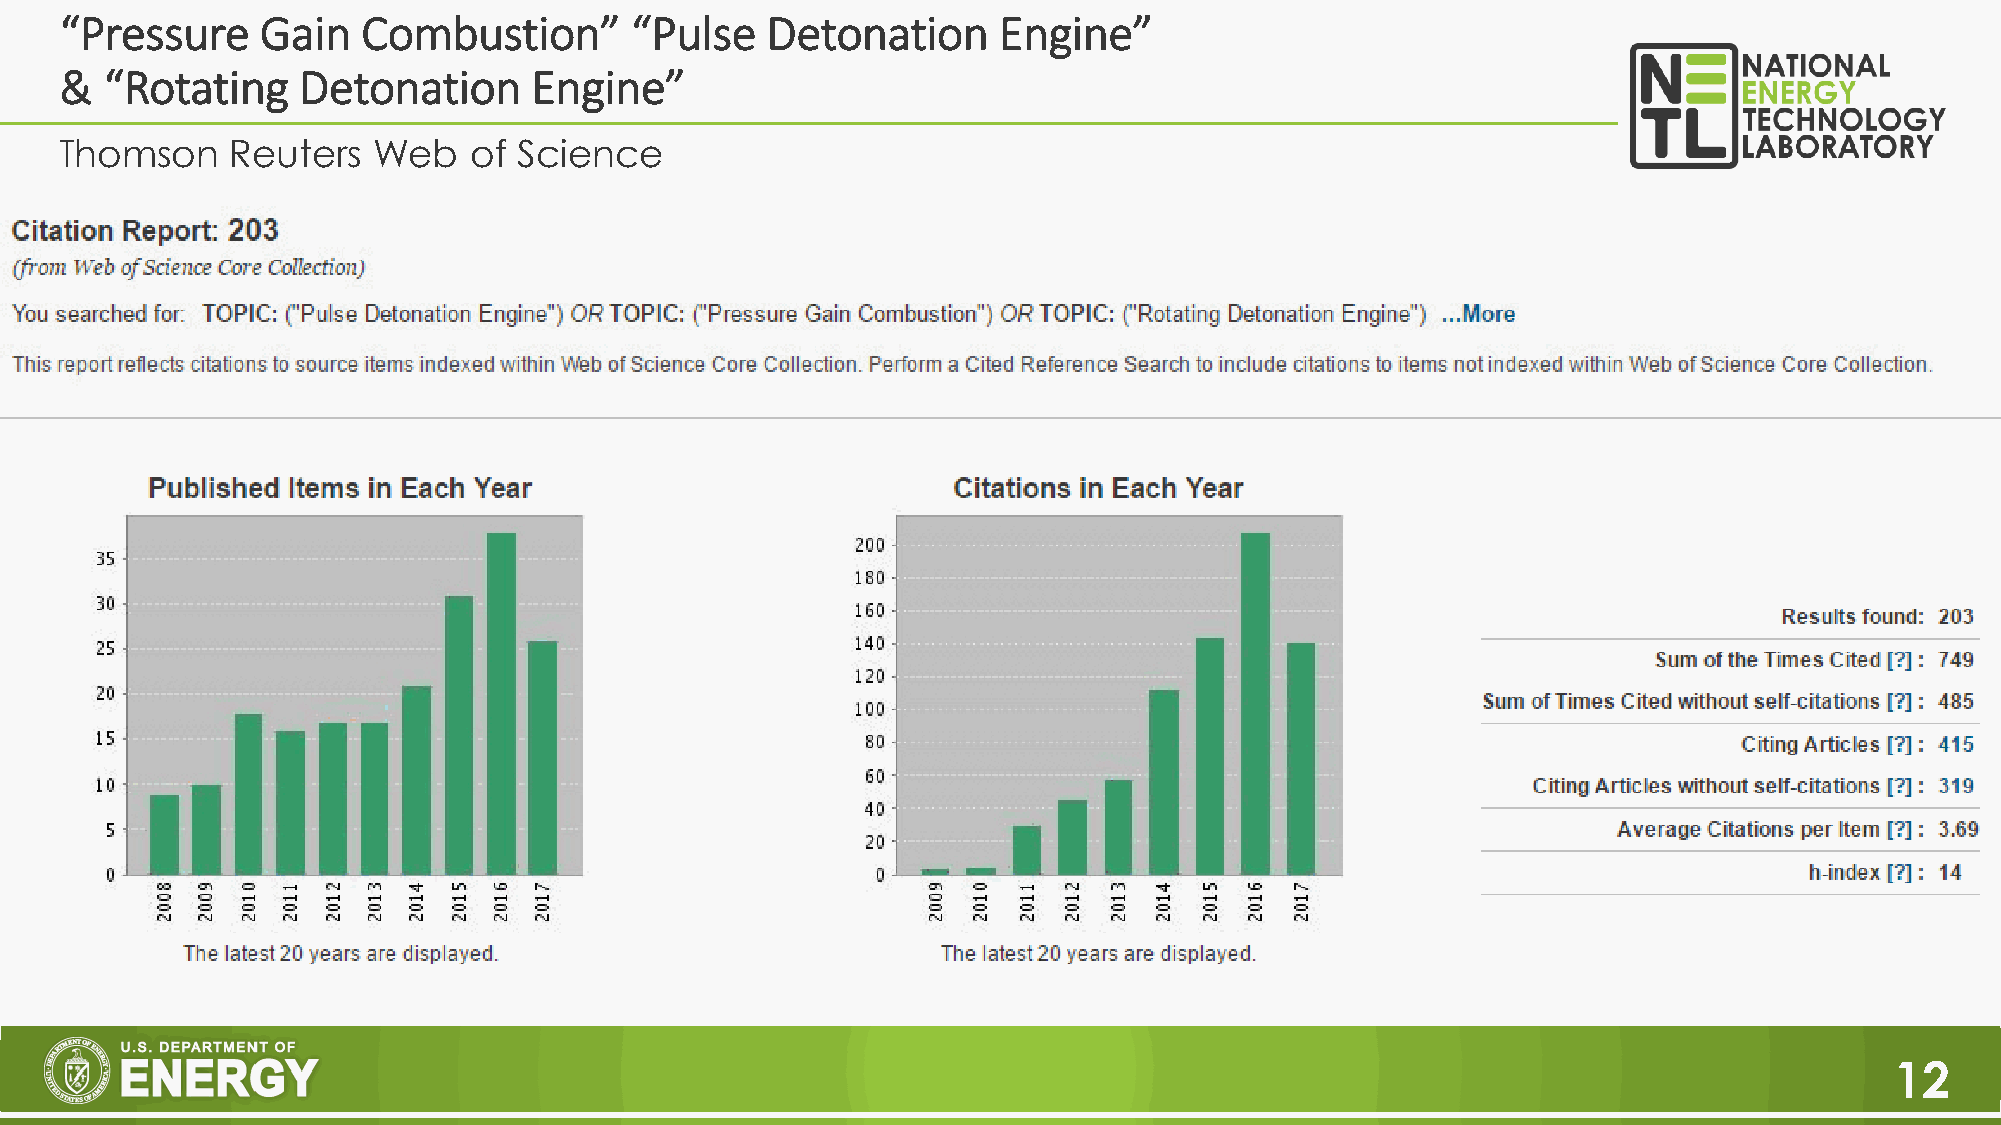
“Pressure    Gain   Combustion”       “Pulse   Detonation     Engine”
 &  “Rotating    Detonation     Engine”
 Thomson    Reuters   Web   of Science
 12